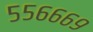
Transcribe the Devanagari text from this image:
५५६६६९